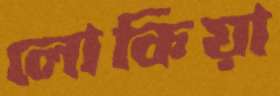
লোকিয়া